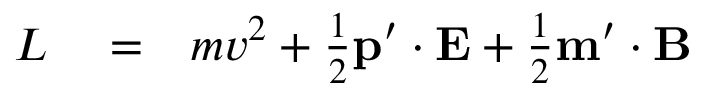
\begin{array} { r l r } { L } & { { } = } & { m v ^ { 2 } + \frac { 1 } { 2 } \mathbf p ^ { \prime } \cdot \mathbf E + \frac { 1 } { 2 } \mathbf m ^ { \prime } \cdot \mathbf B } \end{array}